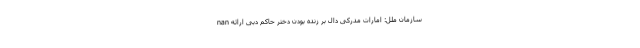
nan سازمان ملل: امارات مدرکی دال بر زنده بودن دختر حاکم دبی ارائه